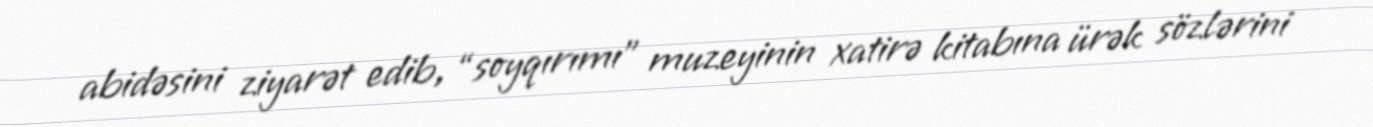
abidəsini ziyarət edib, “soyqırımı” muzeyinin xatirə kitabına ürək sözlərini